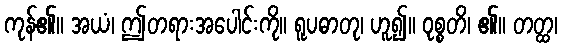
ကုန်၏။ အယံ၊ ဤတရားအပေါင်းကို။ ရူပဓာတု၊ ဟူ၍။ ဝုစ္စတိ၊ ၏။ တတ္ထ၊